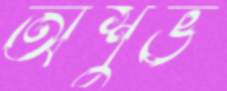
অশুভ